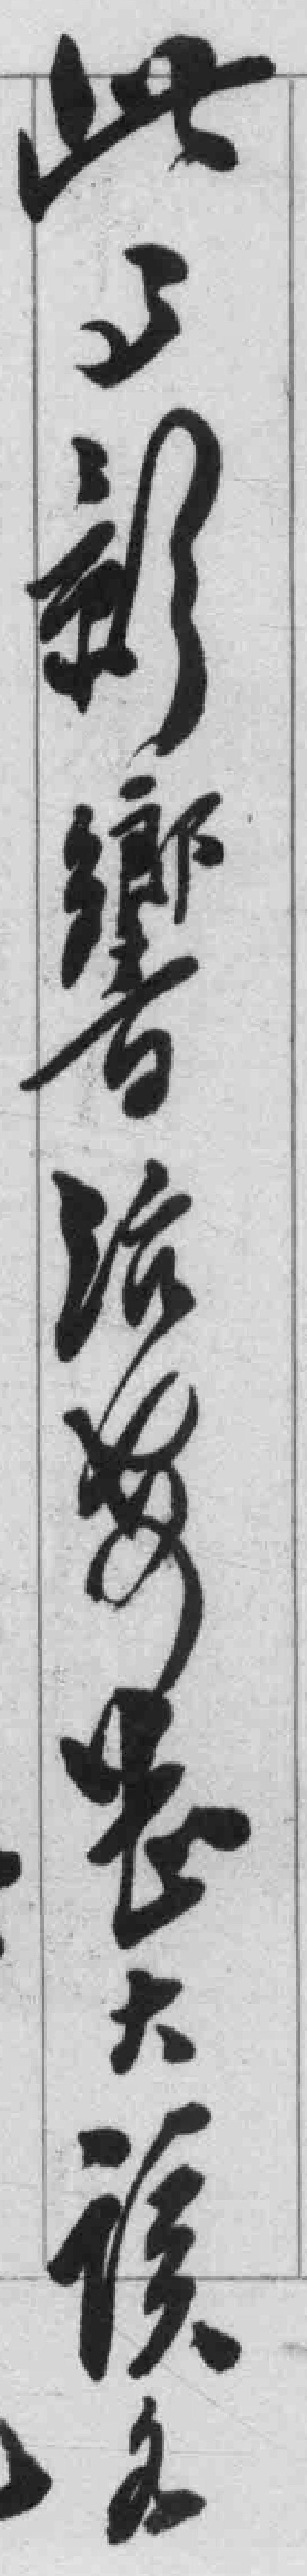
此令影響治安*大该各